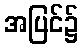
အပြင်၌